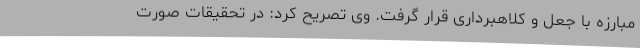
مبارزه با جعل و کلاهبرداری قرار گرفت. وی تصریح کرد: در تحقیقات صورت